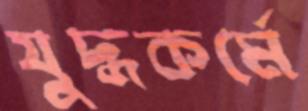
যুদ্ধকর্মে